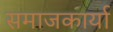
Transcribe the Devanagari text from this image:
समाजकार्या